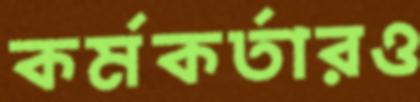
কর্মকর্তারও